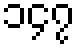
၁၄၇